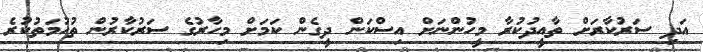
އަދި ސަރުކާރަށް ތާއީދުކުރާ މީހުންނަށް އިސްކަން ދީގެން ކަމަށް މިހާރުގެ ސަރުކާރުން ތުހުމަތުކުރެ